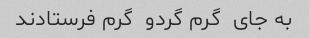
به جای  گرم گردو  گرم فرستادند